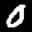
Label: 0